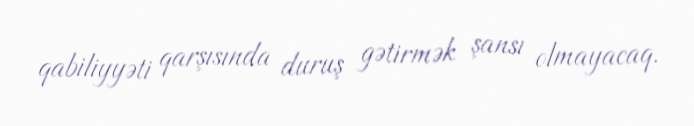
qabiliyyəti qarşısında duruş gətirmək şansı olmayacaq.